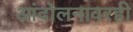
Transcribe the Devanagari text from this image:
आंदोलनावरही